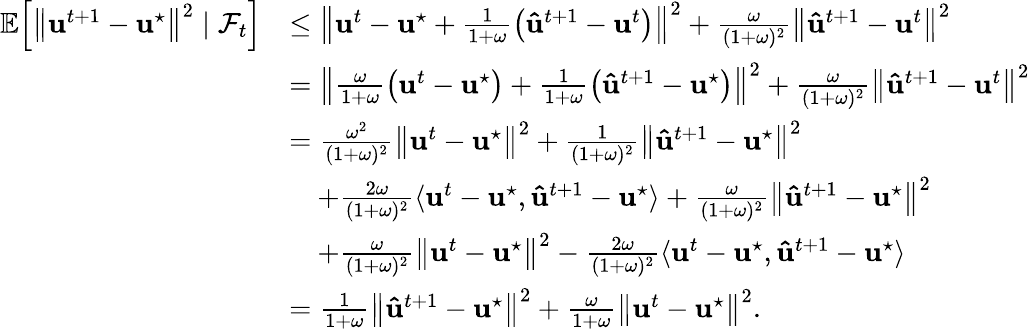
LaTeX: \begin{array}{rl}{\mathbb{E}\! \left[\left\| \mathbf{u}^{t+1}-\mathbf{u}^{\star}\right\| ^{2}\; |\; \mathcal{F}_{t}\right]}&{\leq\left\| \mathbf{u}^{t}-\mathbf{u}^{\star}+\frac{1}{1+\omega}\big(\mathbf{\hat{u}}^{t+1}-\mathbf{u}^{t}\big)\right\| ^{2}+\frac{\omega}{(1+\omega)^{2}}\left\| \mathbf{\hat{u}}^{t+1}-\mathbf{u}^{t}\right\| ^{2}}\\ &{=\left\| \frac{\omega}{1+\omega}\big(\mathbf{u}^{t}-\mathbf{u}^{\star}\big)+\frac{1}{1+\omega}\big(\mathbf{\hat{u}}^{t+1}-\mathbf{u}^{\star}\big)\right\| ^{2}+\frac{\omega}{(1+\omega)^{2}}\left\| \mathbf{\hat{u}}^{t+1}-\mathbf{u}^{t}\right\| ^{2}}\\ &{=\frac{\omega^{2}}{(1+\omega)^{2}}\left\| \mathbf{u}^{t}-\mathbf{u}^{\star}\right\| ^{2}+\frac{1}{(1+\omega)^{2}}\left\| \mathbf{\hat{u}}^{t+1}-\mathbf{u}^{\star}\right\| ^{2}}\\ &{\quad+\frac{2\omega}{(1+\omega)^{2}}\langle\mathbf{u}^{t}-\mathbf{u}^{\star},\mathbf{\hat{u}}^{t+1}-\mathbf{u}^{\star}\rangle+\frac{\omega}{(1+\omega)^{2}}\left\| \mathbf{\hat{u}}^{t+1}-\mathbf{u}^{\star}\right\| ^{2}}\\ &{\quad+\frac{\omega}{(1+\omega)^{2}}\left\| \mathbf{u}^{t}-\mathbf{u}^{\star}\right\| ^{2}-\frac{2\omega}{(1+\omega)^{2}}\langle\mathbf{u}^{t}-\mathbf{u}^{\star},\mathbf{\hat{u}}^{t+1}-\mathbf{u}^{\star}\rangle}\\ &{=\frac{1}{1+\omega}\left\| \mathbf{\hat{u}}^{t+1}-\mathbf{u}^{\star}\right\| ^{2}+\frac{\omega}{1+\omega}\left\| \mathbf{u}^{t}-\mathbf{u}^{\star}\right\| ^{2}.}\end{array}